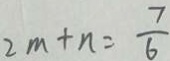
2 m + n = \frac { 7 } { 6 }